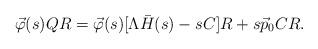
LaTeX: \begin{align*}\vec{\varphi}(s)QR = \vec{\varphi}(s)[\Lambda \bar{H}(s) - sC]R + s \vec{p}_0 C R.\end{align*}